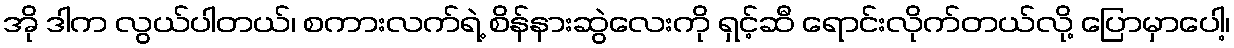
အို ဒါက လွယ်ပါတယ်၊ စကားလက်ရဲ့ စိန်နားဆွဲလေးကို ရှင့်ဆီ ရောင်းလိုက်တယ်လို့ ပြောမှာပေါ့၊